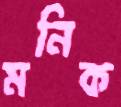
মনিক